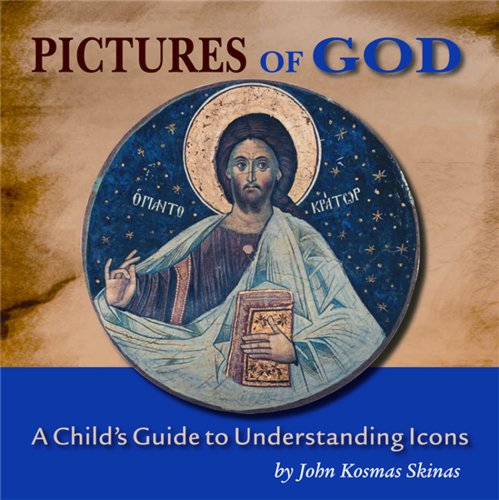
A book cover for Pictures of God: A Child's Guide to Understanding Icons; John Kosmas Skinas; Christian Books & Bibles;